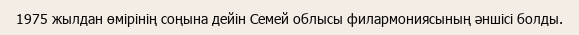
1975 жылдан өмірінің соңына дейін Семей облысы филармониясының әншісі болды.